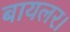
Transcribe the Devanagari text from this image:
बायलर।